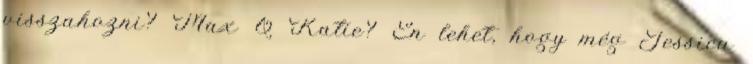
visszahozni? Max & Katie? Én lehet, hogy még Jessica